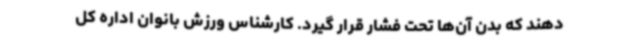
دهند که بدن آن‌ها تحت فشار قرار گیرد. کارشناس ورزش بانوان اداره کل